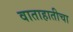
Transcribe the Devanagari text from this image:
वाताहातीचा